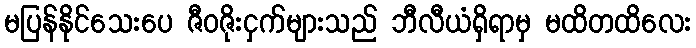
မပြန်နိုင်သေးပေ ဇီဝဇိုးငှက်များသည် ဘီလီယံရှိရာမှ မထိတထိလေး